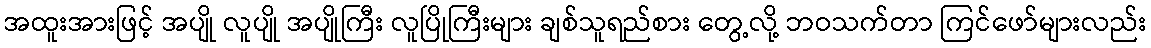
အထူးအားဖြင့် အပျို လူပျို အပျိုကြီး လူပြိုကြီးများ ချစ်သူရည်စား တွေ့လို့ ဘဝသက်တာ ကြင်ဖော်များလည်း